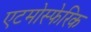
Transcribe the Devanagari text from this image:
एटमोस्फेरिक